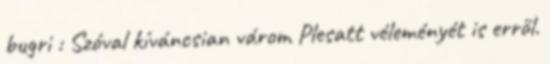
bugri : Szóval kíváncsian várom Plesatt véleményét is erről.